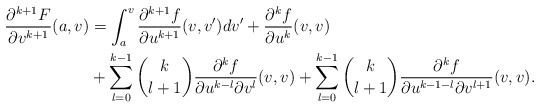
\begin{align*} \frac{\partial^{k+1}F}{\partial v^{k+1}}(a,v)&=\int_a^v\frac{\partial^{k+1}f}{\partial u^{k+1}}(v,v')dv'+\frac{\partial^kf}{\partial u^k}(v,v)\\&+\sum_{l=0}^{k-1}\binom{k}{l+1}\frac{\partial^{k}f}{\partial u^{k-l}\partial v^l}(v,v)+\sum_{l=0}^{k-1}\binom{k}{l+1}\frac{\partial^{k}f}{\partial u^{k-1-l}\partial v^{l+1}}(v,v).\end{align*}